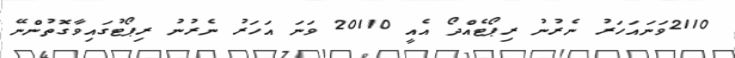
2110ވަނައަހަރު ނެރުނު ރިޕޯޓެއްދޯ އެއީ 20110 ވަނަ އަހަރު ނެރުނު ރިޕޯޓުގައިވާގޮތުންނޭ